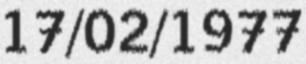
17/02/1977